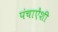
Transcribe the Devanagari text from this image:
पंचाऐंशी